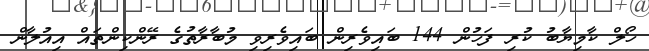
ހޯލް ކާމިޔާބު ކުރި ފަހުން 144 ބައިވެރިން ބައިވެރިވި މުބާރާތުގެ ރޭންކިންތައް އިއުލާން